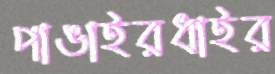
পাঙাইরধাইর